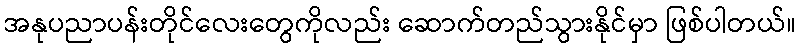
အနုပညာပန်းတိုင်လေးတွေကိုလည်း ဆောက်တည်သွားနိုင်မှာ ဖြစ်ပါတယ်။